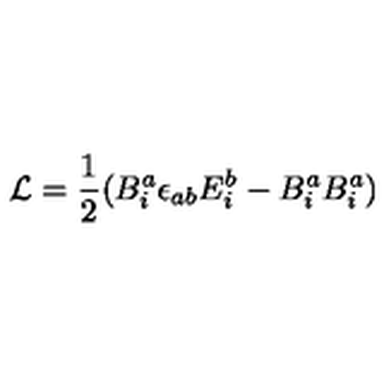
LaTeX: { \cal L } = \frac { 1 } { 2 } ( B _ { i } ^ { a } \epsilon _ { a b } E _ { i } ^ { b } - B _ { i } ^ { a } B _ { i } ^ { a } )